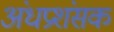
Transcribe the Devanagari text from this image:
अंधप्रशंसक